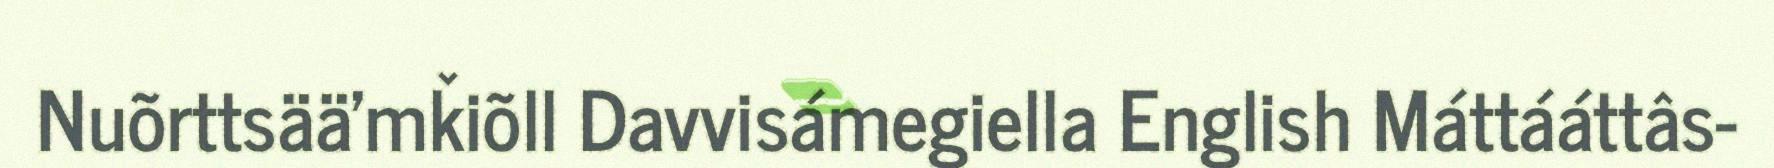
Nuõrttsää'mǩiõll Davvisámegiella English Máttááttâs-